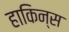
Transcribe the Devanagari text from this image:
हाकिन्स